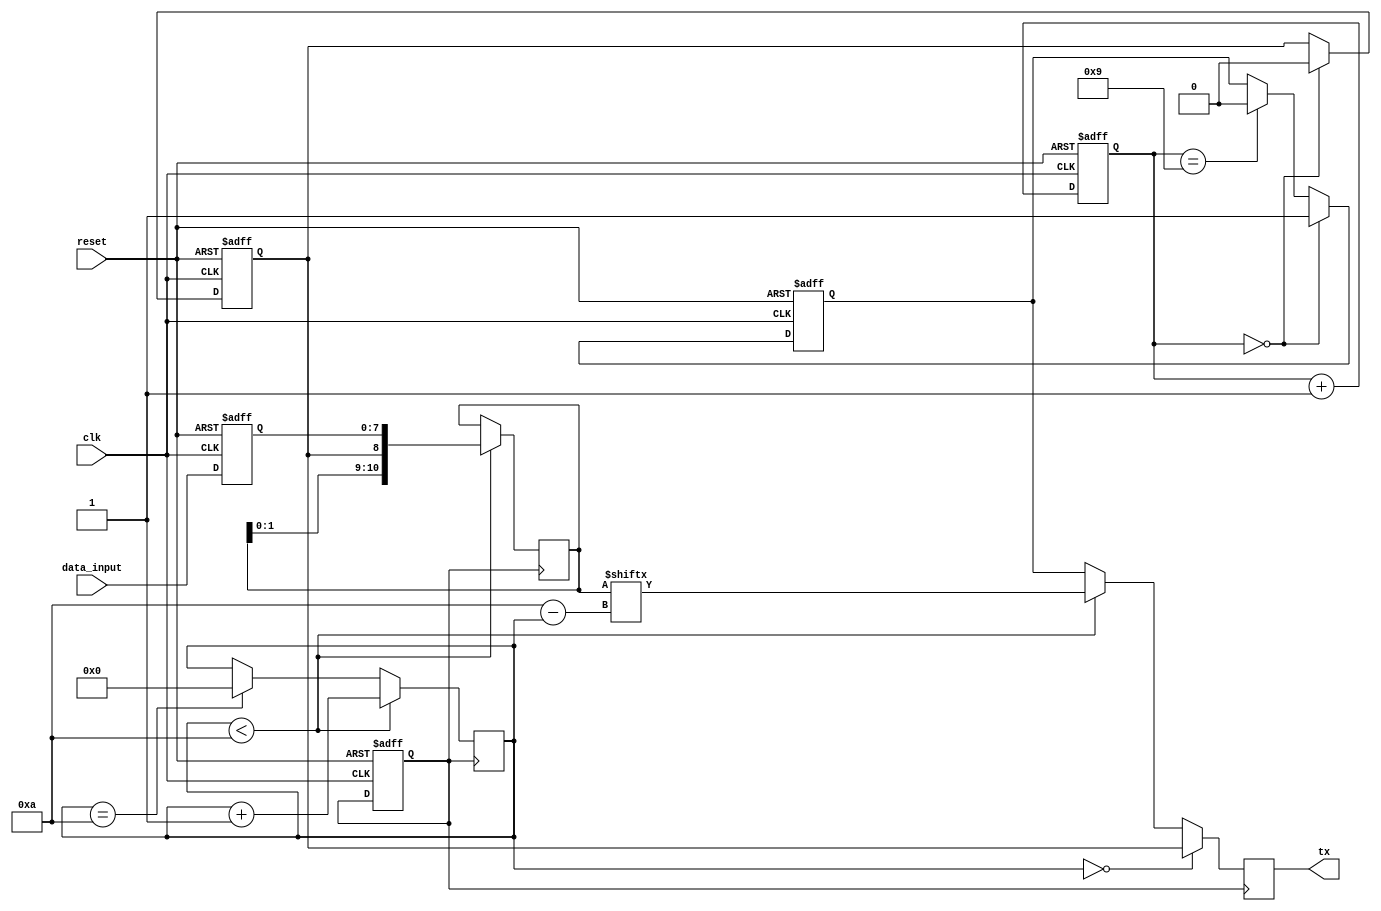
module uart_transmitter (
  input wire clk,
  input wire reset,
  input wire [7:0] data_input,
  output reg tx
);

reg [7:0] buffer_data;
reg [9:0] baud_counter;
reg [3:0] shift_counter;
reg [10:0] shift_register;

// Data Input Block
always @(posedge clk or posedge reset) begin
  if (reset) begin
    buffer_data <= 8'b0;
  end else begin
    buffer_data <= data_input;
  end
end

// Encoding Block
reg start_bit;
reg stop_bit;
reg [9:0] encoding_counter;

always @(posedge clk or posedge reset) begin
  if (reset) begin
    start_bit <= 1'b1;
    stop_bit <= 1'b1;
    encoding_counter <= 10'd0;
  end else begin
    if (encoding_counter == 0) begin
      start_bit <= 1'b0;
      stop_bit <= 1'b1;
    end else if (encoding_counter == 9) begin
      stop_bit <= 1'b0;
    end
    encoding_counter <= encoding_counter + 1;
  end
end

// Baud Rate Generator
parameter BAUD_RATE = 9600;
parameter CLK_FREQUENCY = 50000000; // 50 MHz

reg tx_clk;

always @(posedge clk or posedge reset) begin
  if (reset) begin
    baud_counter <= 0;
    tx_clk <= 0;
  end else begin
    if (baud_counter == (CLK_FREQUENCY / BAUD_RATE / 2 - 1)) begin
      baud_counter <= 0;
      tx_clk <= ~tx_clk;
    end else begin
      baud_counter <= baud_counter + 1;
    end
  end
end

// Shift Register
always @(posedge tx_clk) begin
  if (shift_counter < 10) begin
    shift_register <= {shift_register[9:0], start_bit, buffer_data};
    shift_counter <= shift_counter + 1;
  end else if (shift_counter == 10) begin
    shift_counter <= 0;
  end
end

// Output Block
always @(posedge tx_clk) begin
  if (shift_counter == 0) begin
    tx <= start_bit;
  end else if (shift_counter < 10) begin
    tx <= shift_register[10 - shift_counter];
  end else begin
    tx <= stop_bit;
  end
end

endmodule